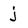
Character: j